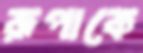
রূপাকে